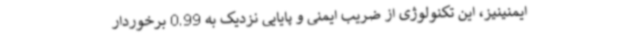
ایمنینیز، این تکنولوژی از ضریب ایمنی و پایایی نزدیک به 0.99 برخوردار